Punjab Mental Hospital Lahore 1922-31 - 1922-1931
Year: 1922
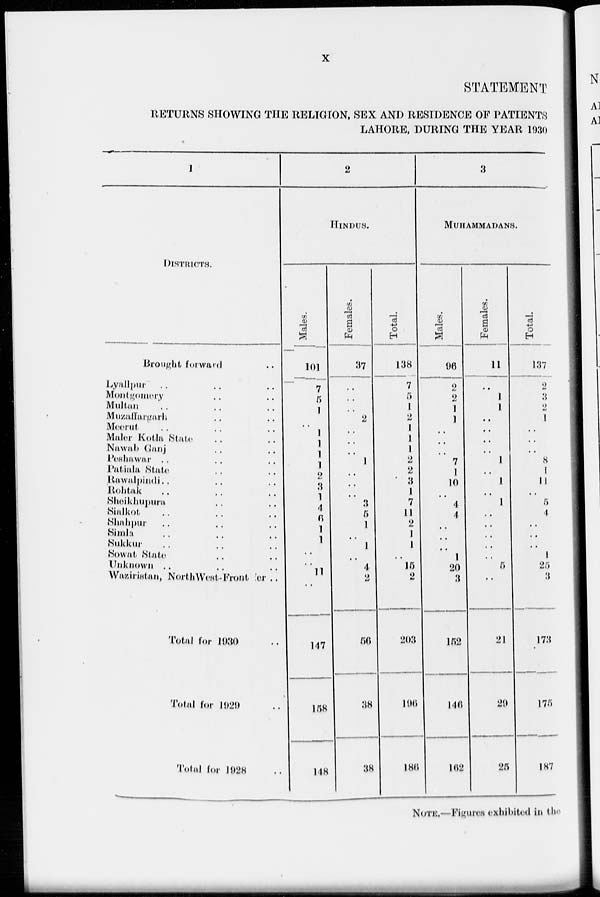
x
STATEMENT
RETURNS SHOWING THE RELIGION, SEX AND RESIDENCE OF PATIENTS
LAHORE, DURING THE YEAR 1930
1
DISTRICTS.
Brought forward ..
Lyallpur .. .. ..
Montgomery .. ..
Multan .. .. ..
Muzaffargarh .. ..
Meerut .. .. ..
Maler Kotla State .. ..
Nawab Ganj .. .. ..
Peshawar .. .. ..
Patiala State .. ..
Rawalpindi .. .. ..
Rohtak .. .. ..
Sheikhupura .. ..
Sialkot .. .. ..
Shahpur .. .. ..
Simla .. .. ..
Sukkur .. .. ..
Sowat State .. ..
Unknown .. .. ..
Waziristan, North West-Frontier ..
Total for 1930 ..
Total for 1929 ..
Total for 1928 ..
2
HINDUS.
Males.
101
7
5
1
..
1
1
1
1
2
3
1
4
6
1
1
..
..
11
..
147
158
148
Females.
37
..
..
..
2
..
..
..
1
..
..
..
3
5
1
..
1
..
4
2
56
38
38
Total.
138
7
5
1
2
1
1
1
2
2
3
1
7
11
2
1
1
..
15
2
203
196
186
3
MUHAMMADANS.
Males.
96
2
2
1
1
..
..
..
7
1
10
..
4
4
..
..
..
1
20
3
152
146
162
Females.
11
..
1
1
..
..
..
..
1
..
1
..
1
..
..
..
..
..
5
..
21
29
25
Total.
137
2
3
2
1
..
..
..
8
1
11
..
5
4
..
..
..
1
25
3
173
175
187
NOTE.—Figures exhibited in the